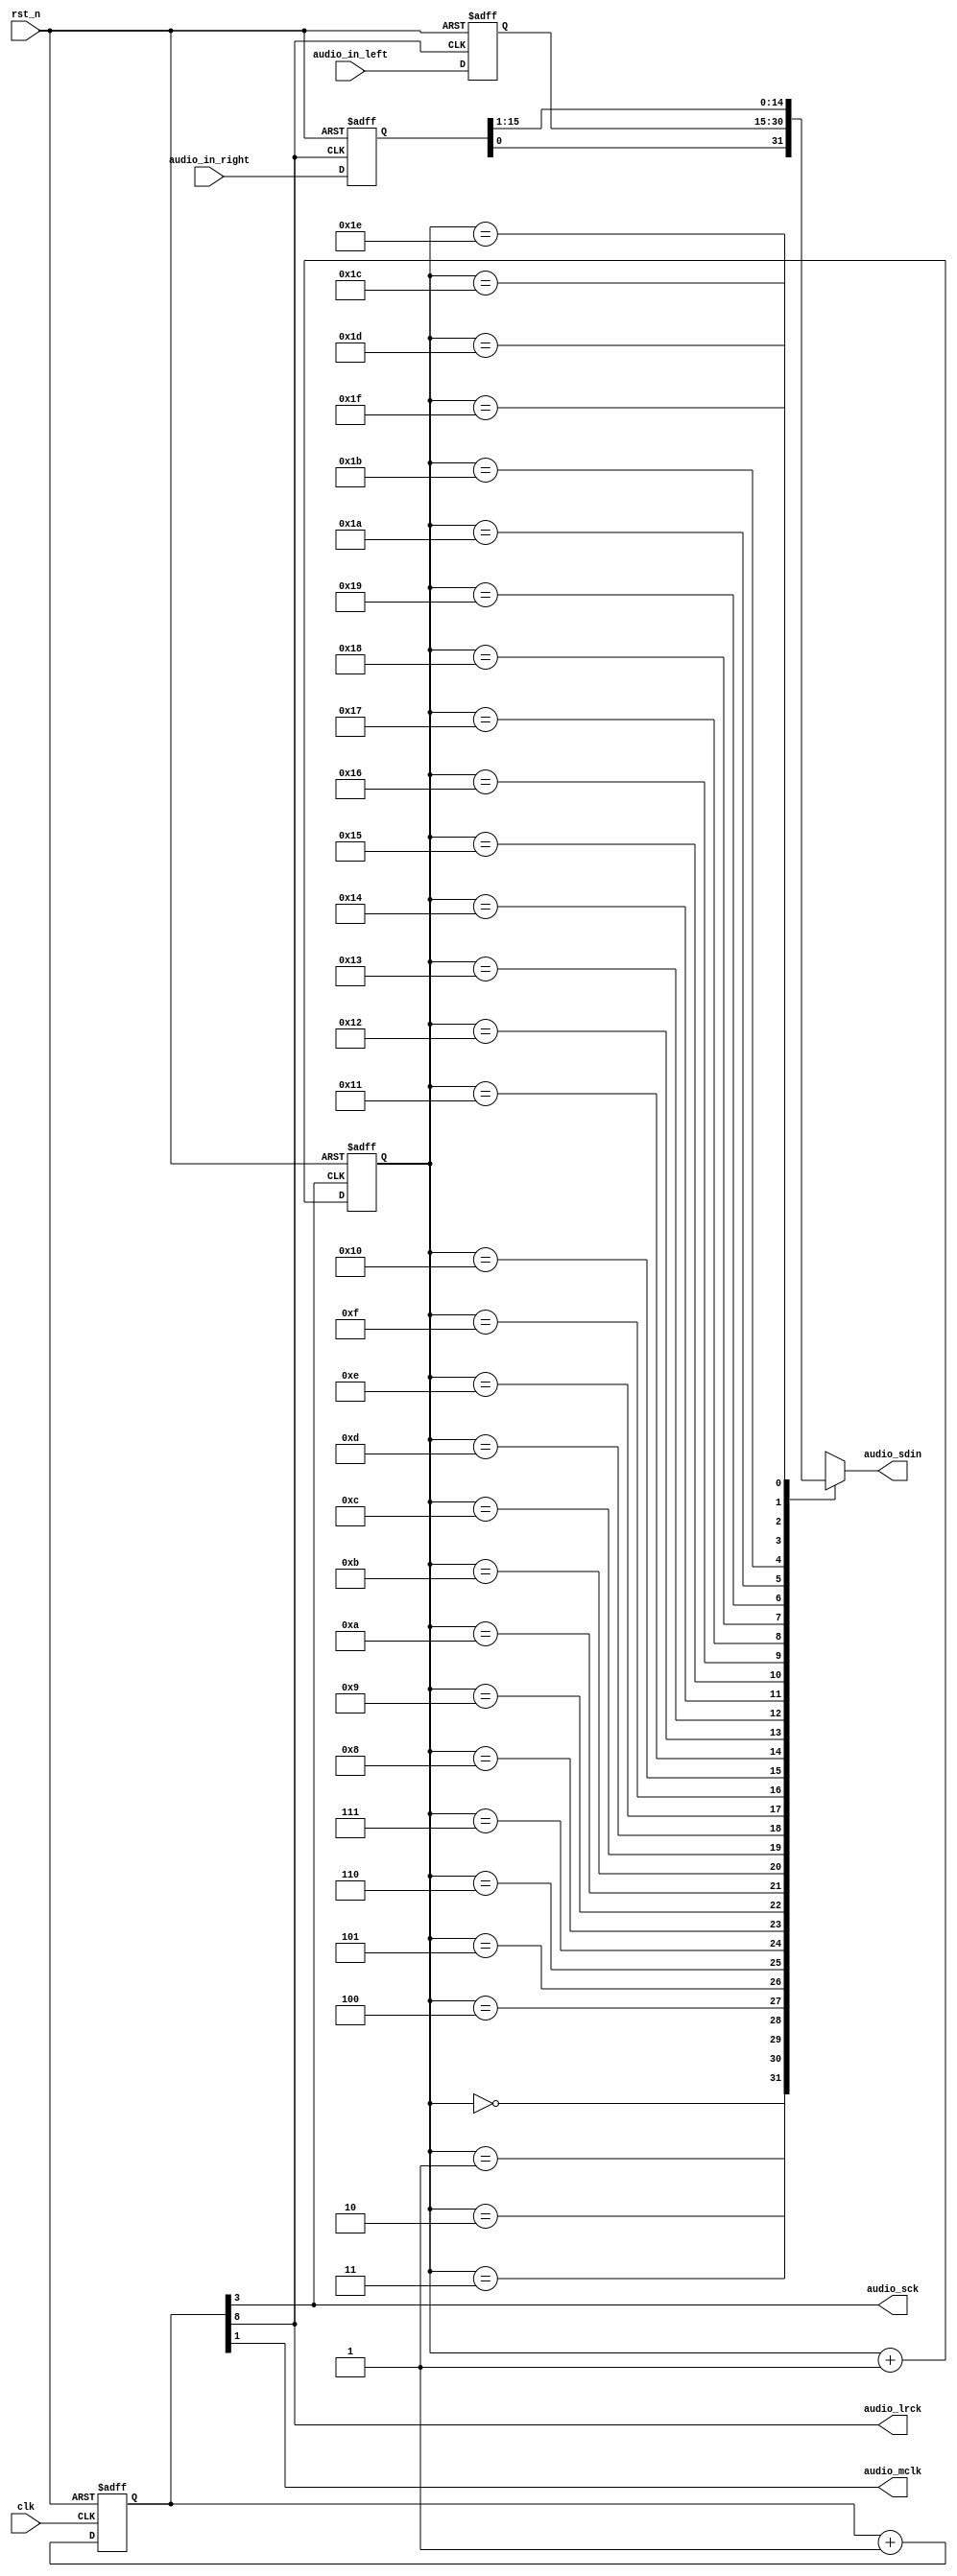
module speaker_control(
input clk, 
input rst_n, 
input [15:0] audio_in_left,
input [15:0] audio_in_right, 
output audio_mclk, 
output audio_lrck, 
output audio_sck,
output reg audio_sdin 
);

reg [8:0] cnt;
reg [8:0] cnt_next;

reg [4:0] sdin_cnt;
reg [4:0] sdin_cnt_next;

reg [15:0] audio_left,audio_right;

//conbination
always@(cnt)
cnt_next= cnt + 1'd1;

always@(sdin_cnt)
sdin_cnt_next= sdin_cnt + 1'd1;

assign audio_mclk = cnt[1];
assign audio_lrck = cnt[8];
assign audio_sck = cnt[3];

//sequencial
always@(posedge clk or negedge rst_n)begin
    if (~rst_n) 
        cnt<=9'd0;
    else 
        cnt<=cnt_next;
end

always@(posedge audio_lrck or negedge rst_n)
    if (~rst_n)
    begin
        audio_left <= 16'd0;
        audio_right <= 16'd0;
    end
    else
    begin
        audio_left <= audio_in_left;
        audio_right <= audio_in_right;
    end

always@(posedge audio_sck or negedge rst_n)
    if(~rst_n)
        sdin_cnt<=5'd0;
    else
        sdin_cnt <= sdin_cnt_next;
        
always@*
    case(sdin_cnt)
        5'b00000: audio_sdin = audio_right[0];
        5'b00001: audio_sdin = audio_left[15];
        5'b00010: audio_sdin = audio_left[14];
        5'b00011: audio_sdin = audio_left[13];
        5'b00100: audio_sdin = audio_left[12];
        5'b00101: audio_sdin = audio_left[11];
        5'b00110: audio_sdin = audio_left[10];
        5'b00111: audio_sdin = audio_left[9];
        5'b01000: audio_sdin = audio_left[8];
        5'b01001: audio_sdin = audio_left[7];
        5'b01010: audio_sdin = audio_left[6];
        5'b01011: audio_sdin = audio_left[5];
        5'b01100: audio_sdin = audio_left[4];
        5'b01101: audio_sdin = audio_left[3];
        5'b01110: audio_sdin = audio_left[2];
        5'b01111: audio_sdin = audio_left[1];
        5'b10000: audio_sdin = audio_left[0];
        5'b10001: audio_sdin = audio_right[15];
        5'b10010: audio_sdin = audio_right[14];
        5'b10011: audio_sdin = audio_right[13];
        5'b10100: audio_sdin = audio_right[12];
        5'b10101: audio_sdin = audio_right[11];
        5'b10110: audio_sdin = audio_right[10];
        5'b10111: audio_sdin = audio_right[9];
        5'b11000: audio_sdin = audio_right[8];
        5'b11001: audio_sdin = audio_right[7];
        5'b11010: audio_sdin = audio_right[6];
        5'b11011: audio_sdin = audio_right[5];
        5'b11100: audio_sdin = audio_right[4];
        5'b11101: audio_sdin = audio_right[3];
        5'b11110: audio_sdin = audio_right[2];
        5'b11111: audio_sdin = audio_right[1];
        default: audio_sdin = 1'b0;
    endcase
endmodule